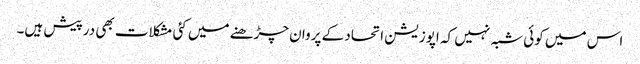
اس میں کوئی شبہ نہیں کہ اپوزیشن اتحاد کے پروان چڑھنے میں کئی مشکلات بھی درپیش ہیں۔